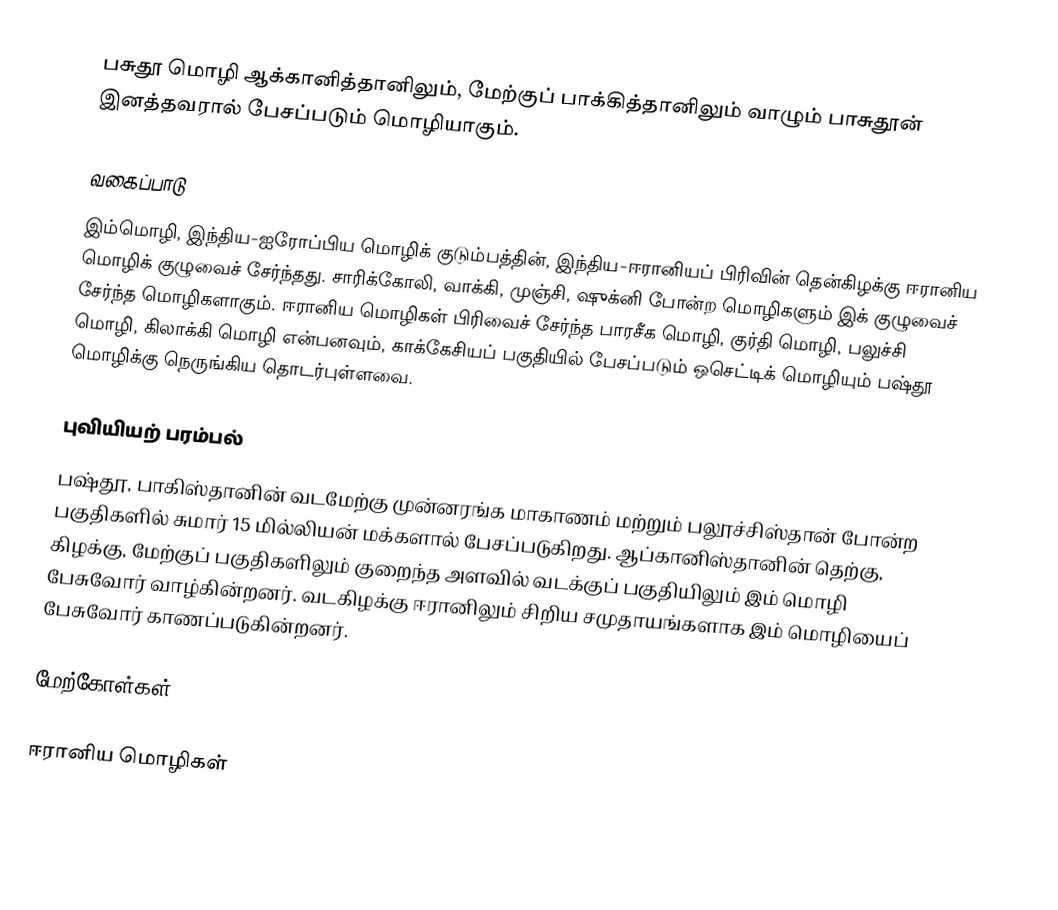
பசுதூ மொழி ஆக்கானித்தானிலும், மேற்குப் பாக்கித்தானிலும் வாழும் பாசுதூன் இனத்தவரால் பேசப்படும் மொழியாகும்.

வகைப்பாடு
இம்மொழி, இந்திய-ஐரோப்பிய மொழிக் குடும்பத்தின், இந்திய-ஈரானியப் பிரிவின் தென்கிழக்கு ஈரானிய மொழிக் குழுவைச் சேர்ந்தது. சாரிக்கோலி, வாக்கி, முஞ்சி, ஷுக்னி போன்ற மொழிகளும் இக் குழுவைச் சேர்ந்த மொழிகளாகும். ஈரானிய மொழிகள் பிரிவைச் சேர்ந்த பாரசீக மொழி, குர்தி மொழி, பலுச்சி மொழி, கிலாக்கி மொழி என்பனவும், காக்கேசியப் பகுதியில் பேசப்படும் ஒசெட்டிக் மொழியும் பஷ்தூ மொழிக்கு நெருங்கிய தொடர்புள்ளவை.

புவியியற் பரம்பல்
பஷ்தூ, பாகிஸ்தானின் வடமேற்கு முன்னரங்க மாகாணம் மற்றும் பலூச்சிஸ்தான் போன்ற பகுதிகளில் சுமார் 15 மில்லியன் மக்களால் பேசப்படுகிறது. ஆப்கானிஸ்தானின் தெற்கு, கிழக்கு, மேற்குப் பகுதிகளிலும் குறைந்த அளவில் வடக்குப் பகுதியிலும் இம் மொழி பேசுவோர் வாழ்கின்றனர். வடகிழக்கு ஈரானிலும் சிறிய சமுதாயங்களாக இம் மொழியைப் பேசுவோர் காணப்படுகின்றனர்.

மேற்கோள்கள்

ஈரானிய மொழிகள்